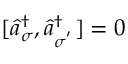
[ \hat { a } _ { \sigma } ^ { \dagger } , \hat { a } _ { \sigma ^ { ' } } ^ { \dagger } ] = 0